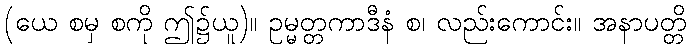
(ယေ စမှ စကို ဤ၌ယူ)။ ဥမ္မတ္တကာဒီနံ စ၊ လည်းကောင်း။ အနာပတ္တိ